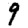
Digit: 9